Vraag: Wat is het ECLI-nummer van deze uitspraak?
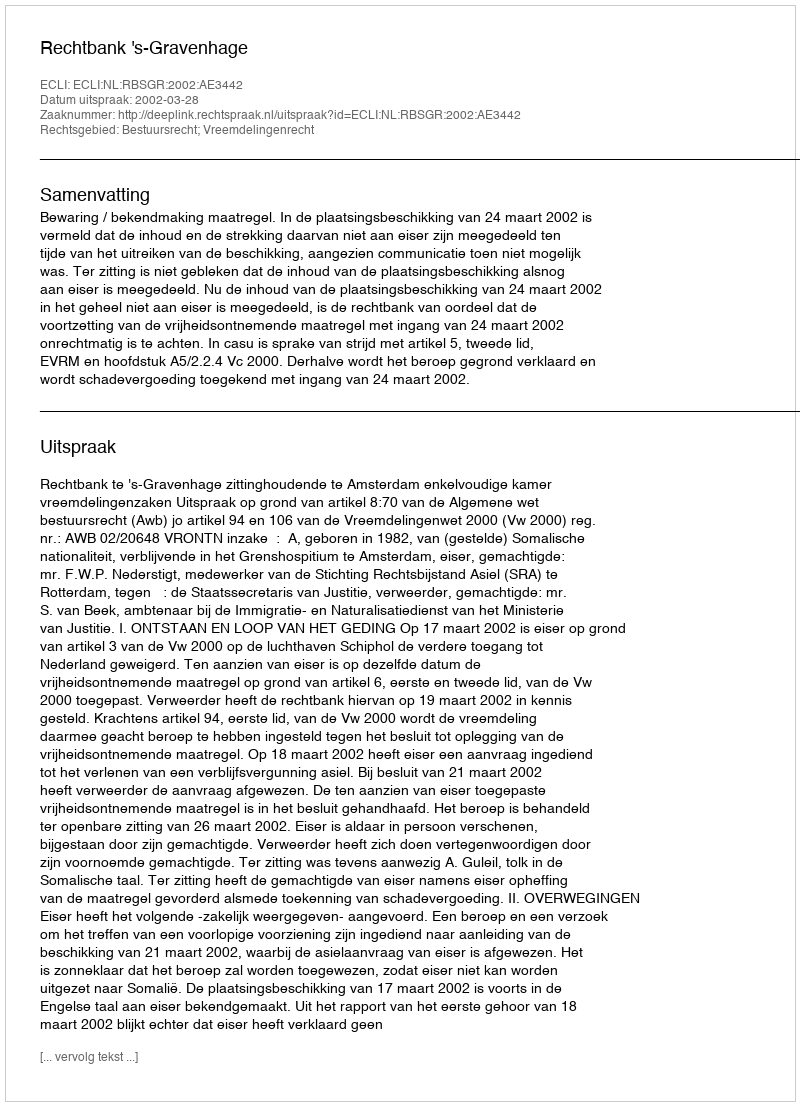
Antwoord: ECLI:NL:RBSGR:2002:AE3442